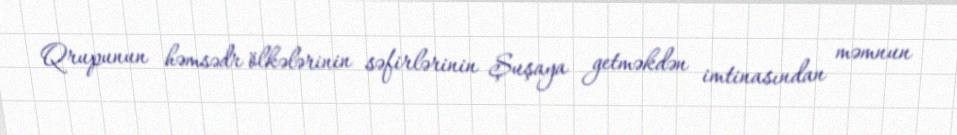
Qrupunun həmsədr ölkələrinin səfirlərinin Şuşaya getməkdən imtinasından məmnun